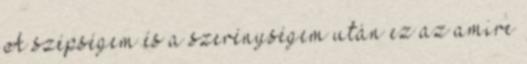
A szépségem és a szerénységem után ez az amire